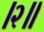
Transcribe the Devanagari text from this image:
।२॥